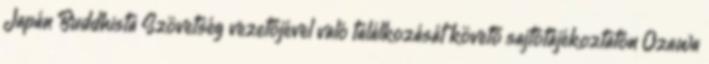
Japán Buddhista Szövetség vezetőjével való találkozását követő sajtótájékoztatón Ozawa